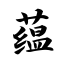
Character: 蕴